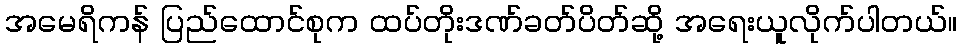
အမေရိကန် ပြည်ထောင်စုက ထပ်တိုးဒဏ်ခတ်ပိတ်ဆို့ အရေးယူလိုက်ပါတယ်။